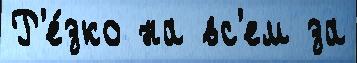
Р'е́зко на вс'ем за